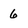
Character: 6